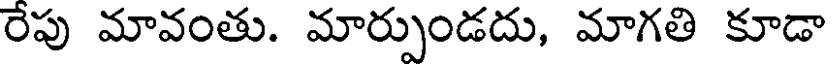
రేపు మావంతు. మార్పుండదు, మాగతి కూడా